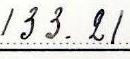
133.21